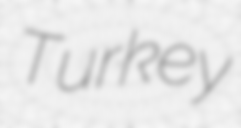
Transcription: Turkey